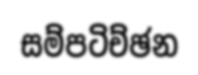
සම්පටිච්ඡන